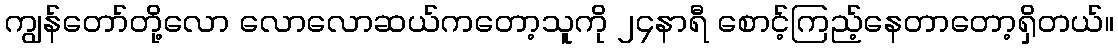
ကျွန်တော်တို့လော လောလောဆယ်ကတော့သူကို ၂၄နာရီ စောင့်ကြည့်နေတာတော့ရှိတယ်။